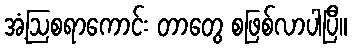
အံ့ဩစရာကောင်း တာတွေ စဖြစ်လာပါပြီ။